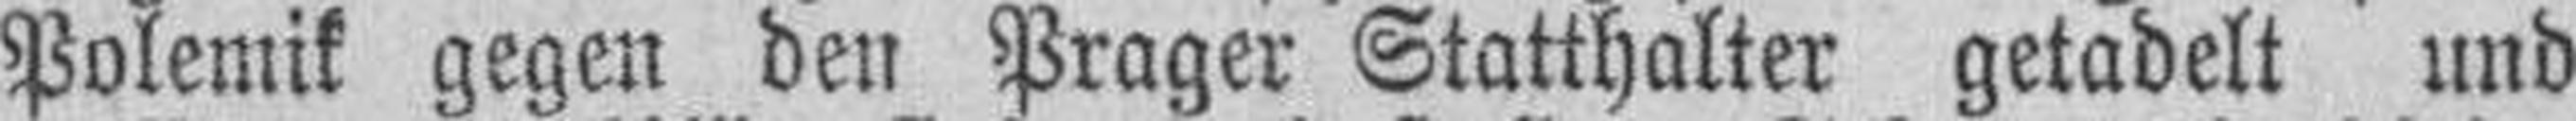
Polemik gegen den Prager Statthalter getadelt und